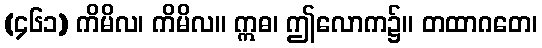
(၄၆၁) ကိမိလ၊ ကိမိလ။ ဣဓ၊ ဤလောက၌။ တထာဂတေ၊